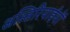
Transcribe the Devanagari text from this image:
अस्सिरियाईयों